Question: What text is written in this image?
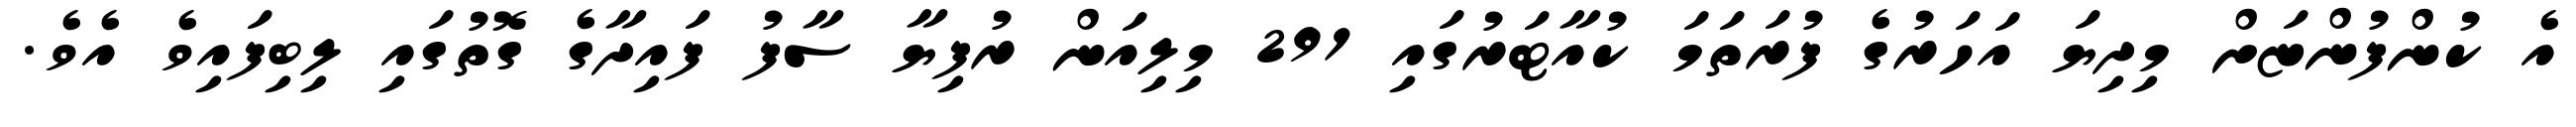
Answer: އެ ކުންފުންޏަށް މިދިޔަ އަހަރުގެ ފުރަތަމަ ކުއާޓަރުގައި 291 މިލިއަން ރުފިޔާ ސާފު ފައިދާގެ ގޮތުގައި ލިބިފައިވެ އެވެ.